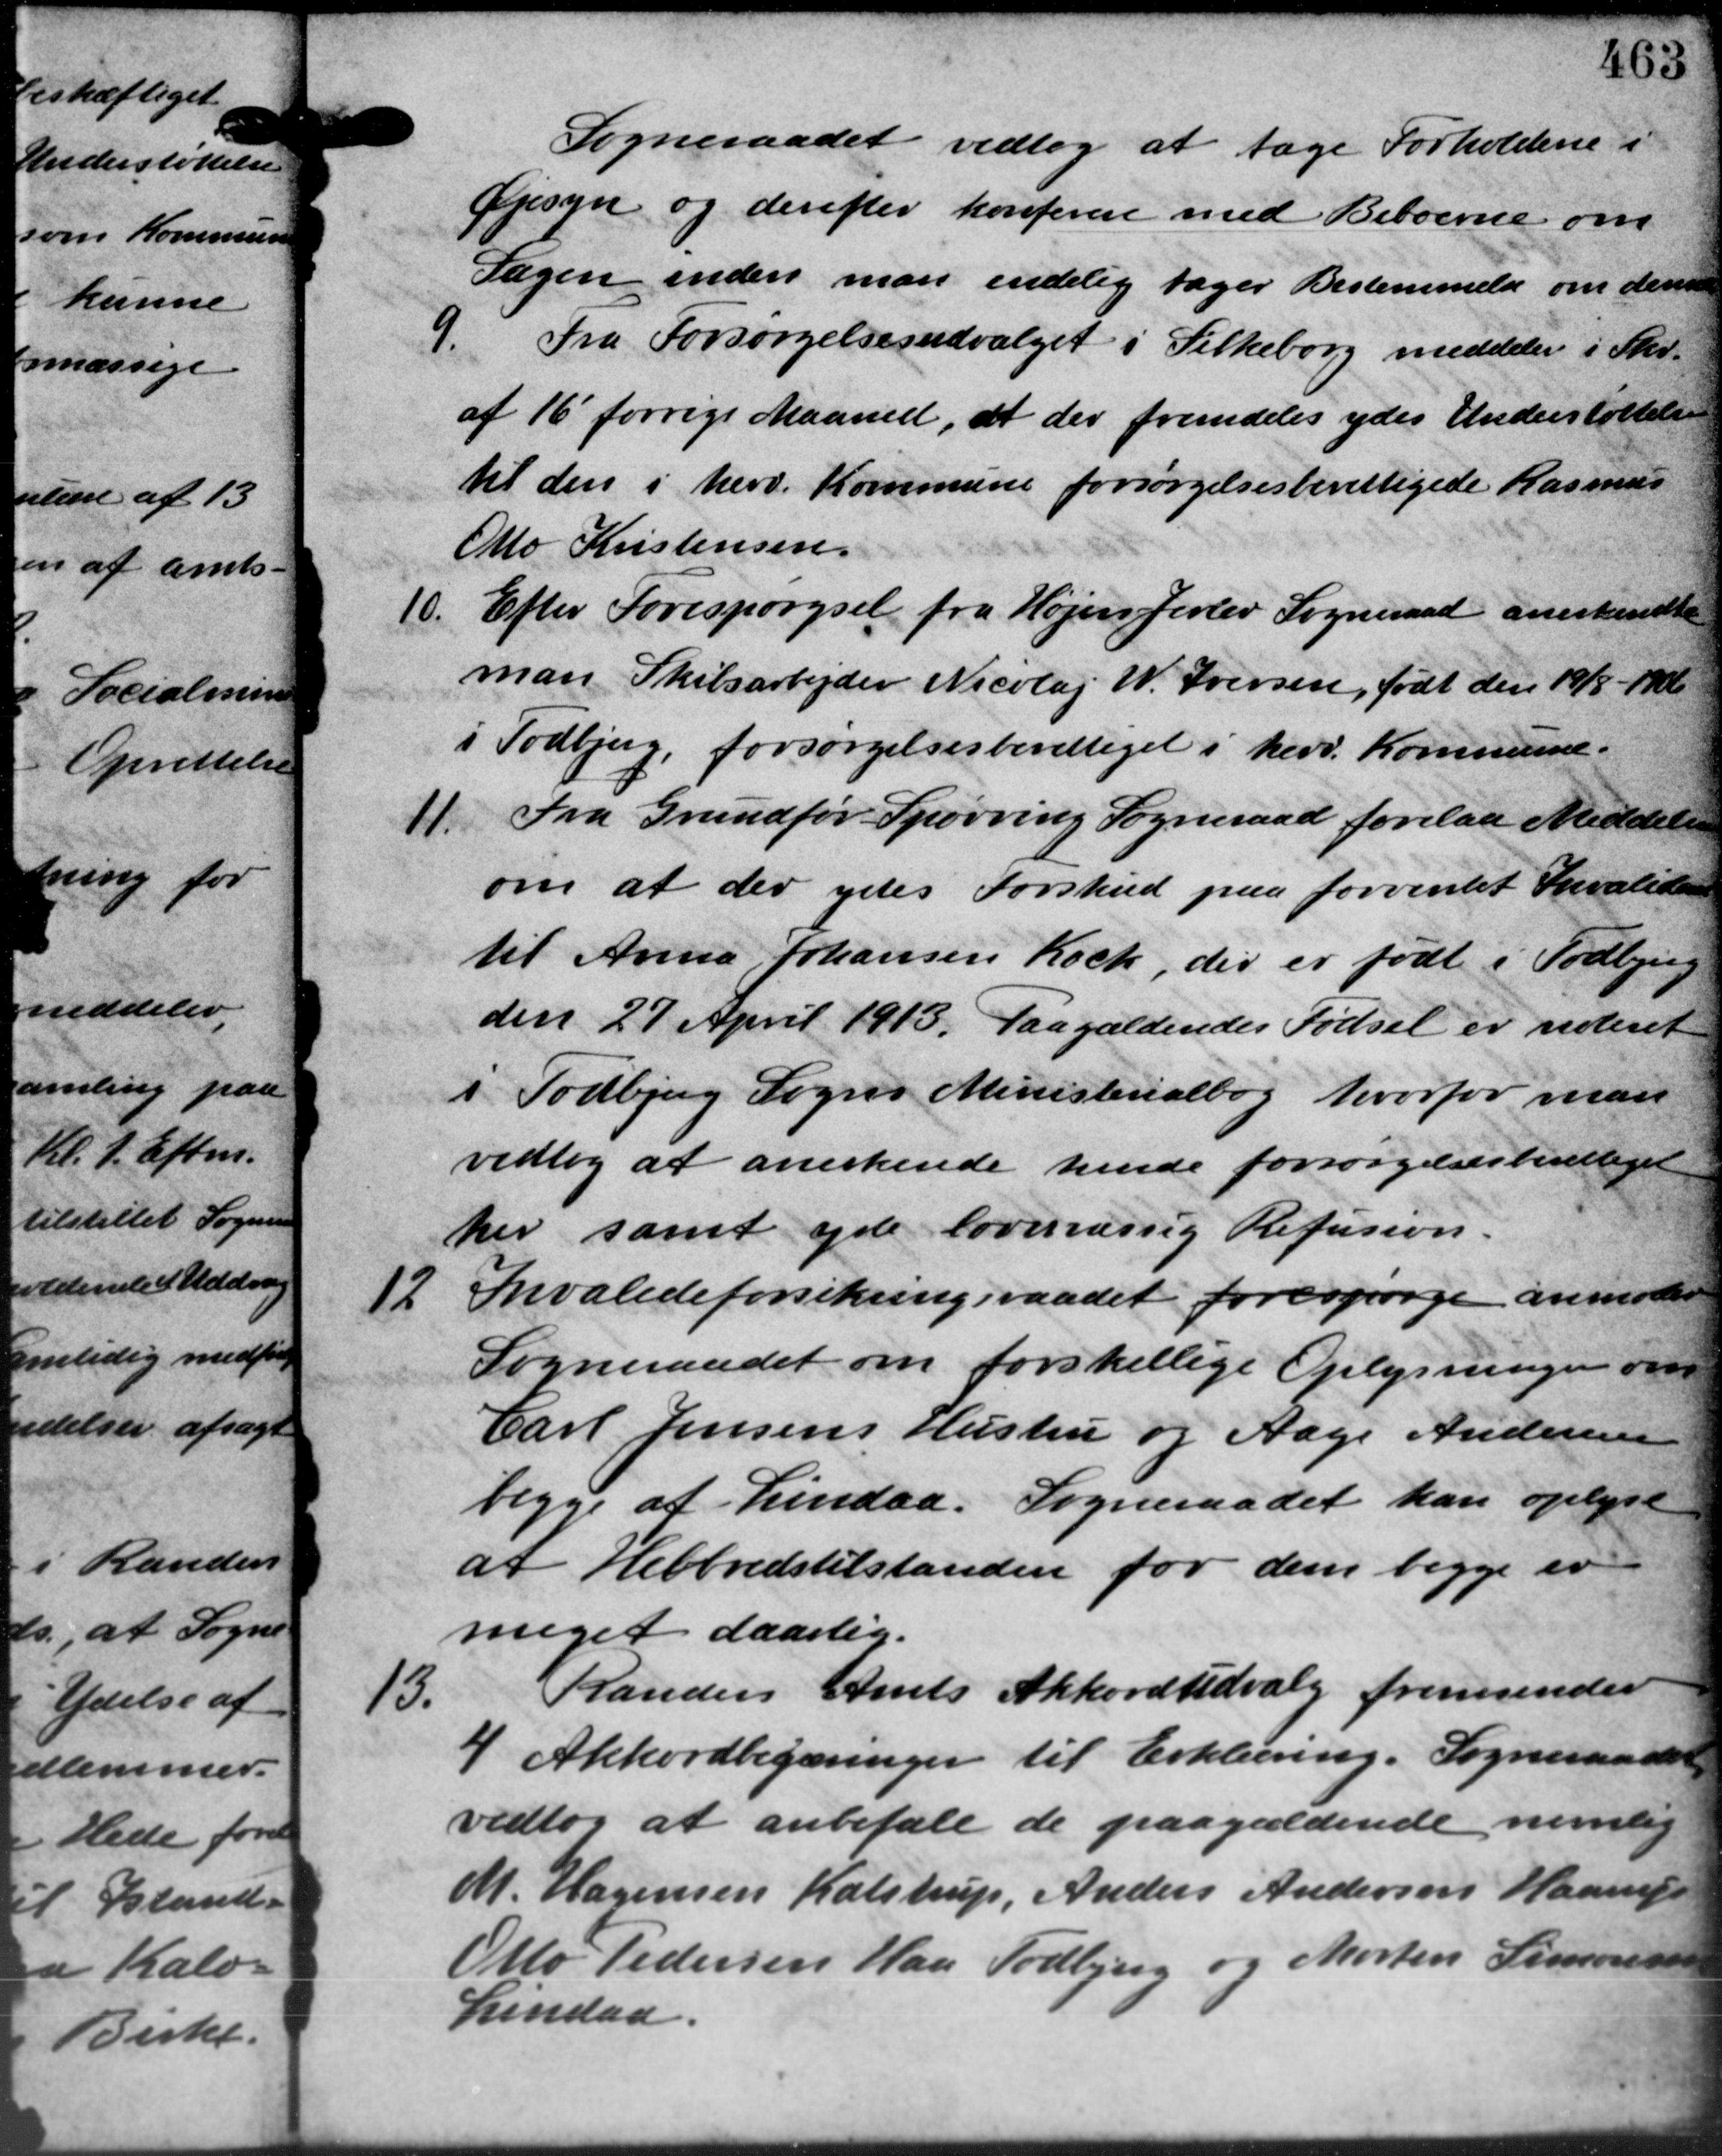
Transskription:
Sogneraadet vedtog at tage Forholdene i
Opsyn og derefter konferere med Beboerne om
Sagen inden man endelig tager Bestemmelse om denne
9.
Fra Forsørgelsesudvalget i Silkeborg meddeler i Skr.
af 16 forrige Maaned, at der fremdeles ydes Understøttelse
til den i herv. Kommune forsørgelsesberettigede Rasmus
Otto Kristensen
10.
Efter Forespørgsel fra Højer Jerlev Sogneraad anerkendte
man Skibsarbejder Nicolaj W. Iversen, født den 19/8 – 1
i Todbjerg, forsørgelsesberettiget i herv. Kommune.
11.
Fra Grundfør Spørring Sogneraad forelaa Meddelelse
om at der ydes Forskud paa forventet Invalidere
til Anna Johansen Koch, der er født i Todbjerg
den 27 April 1913. Paagældendes Fødsel er noteret
i Todbjerg Sogns Ministerialbog hvorfor man
vedtog at anerkende hende forsørgelsesberettiget
her samt yde lovervæssig Refusion.
12
Invalideforsikringsraadet forespørge anmoder
Sogneraadet om forskellige Oplysninger om
Carl Jensens Hustru og Aage Andersen
begge af Lindaa. Sogneraadet kan oplyst
at Helbredstilstanden for dem begge er
meget daarlig.
13.
Randers Amts Akkordudvalg fremsender
4 Akkordbegæringer til Erklæring. Sogneraadet
vedtog at anbefale de paagældende nemlig
M. Hagensen Kalstrup, Anders Andersen Haarup
Otto Pedersen Haa Todbjerg og Morten Simonsen
Lindaa